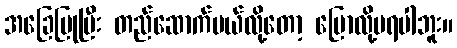
အခြေပြုပြီး တည်ဆောက်မယ်လို့တော့ ပြောလို့မရပါဘူး။